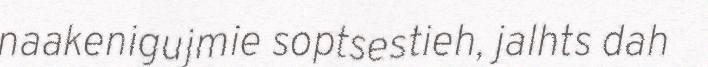
naakenigujmie soptsestieh, jalhts dah